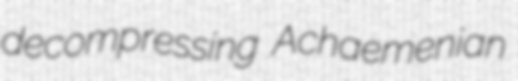
decompressing Achaemenian